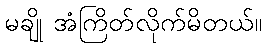
မချို အံကြိတ်လိုက်မိတယ်။